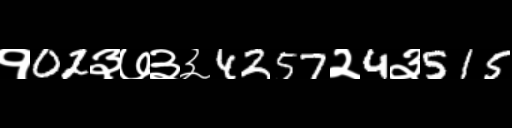
Text: १02३७३३4257२4३515